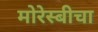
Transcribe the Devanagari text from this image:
मोरेस्बीचा